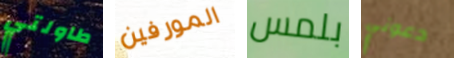
طاولتي المورفين بلمس دعوني